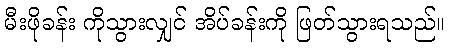
မီးဖိုခန်း ကိုသွားလျှင် အိပ်ခန်းကို ဖြတ်သွားရသည်။